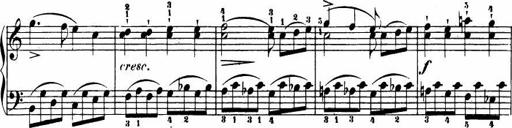
Title: Le bouquetier
Composer: Anton Diabelli
Key: G major
 C major
 F major
 C major